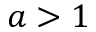
a > 1